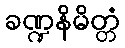
ခဏ္ဍနိမိတ္တံ